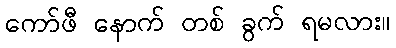
ကော်ဖီ နောက် တစ် ခွက် ရမလား။